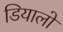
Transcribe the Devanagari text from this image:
डियालो